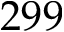
2 9 9